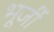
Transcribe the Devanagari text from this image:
भूर्जी